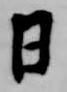
日